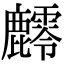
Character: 䴫